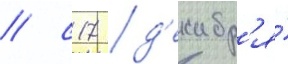
/ с 17 д'екабр'я́